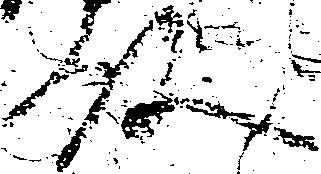
殿